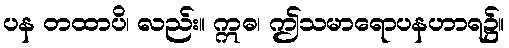
ပန တထာပိ၊ လည်း။ ဣဓ၊ ဤသမာရောပနဟာရ၌။